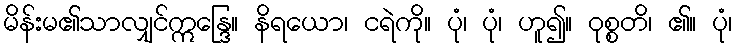
မိန်းမ၏သာလျှင်ဣန္ဒြေ။ နိရယော၊ ငရဲကို။ ပုံ၊ ပုံ၊ ဟူ၍။ ဝုစ္စတိ၊ ၏။ ပုံ၊